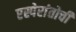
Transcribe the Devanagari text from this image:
एस्पेरांतोची